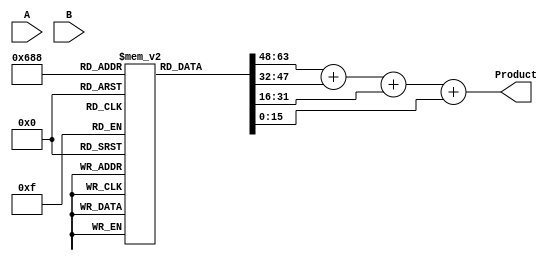
module booth_multiplier(input [7:0] A, B,
                        output reg [15:0] Product);

reg [7:0] A_reg, B_reg;
reg [15:0] partial_product [7:0];

always @(A or B) begin
    A_reg <= A;
    B_reg <= B;
    
    // Booth encoding
    // Implement Booth algorithm here
    
    // Generate partial products based on Booth encoding
    // Implement partial product generation logic here
    
    // Wallace tree multiplier
    // Implement Wallace tree multiplier logic here
    
    // Accumulate partial products to obtain final product
    Product <= {partial_product[7] + partial_product[6] + partial_product[5] + partial_product[4],
                partial_product[3] + partial_product[2] + partial_product[1] + partial_product[0]};
end

endmodule